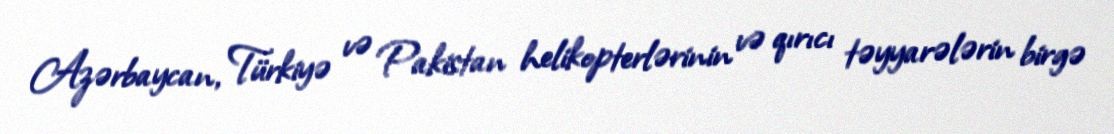
Azərbaycan, Türkiyə və Pakistan helikopterlərinin və qırıcı təyyarələrin birgə